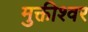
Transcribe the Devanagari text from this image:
मुक्तीश्वर